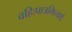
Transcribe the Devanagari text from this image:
वहिःपात्रमित्यर्थः